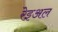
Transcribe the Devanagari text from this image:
रेइअल